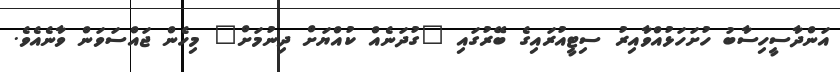
އަންދާސީހިސާބު ހުށަހަޅުއްވާއިރު ސިޓީއުރައިގެ ބޭރުގައި "ގުދަނެއް ކުއްޔަށް ދިނުމަށް" މިހެން ޖައްސަވަން ވާނެއެވެ.